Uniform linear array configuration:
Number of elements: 32
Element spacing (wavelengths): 1
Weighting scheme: kaiser
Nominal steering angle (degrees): -30
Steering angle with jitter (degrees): -29.417
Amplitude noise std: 0.05
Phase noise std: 0.05

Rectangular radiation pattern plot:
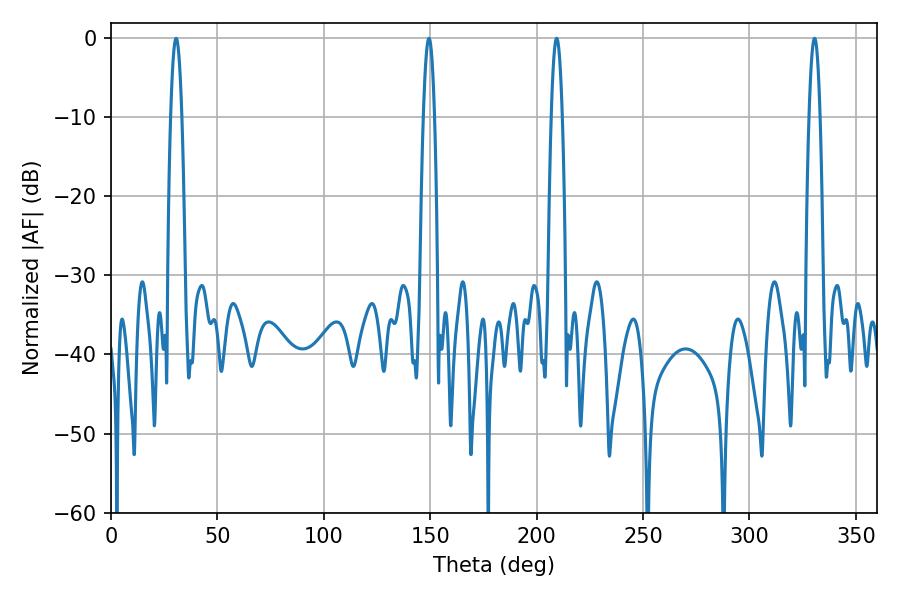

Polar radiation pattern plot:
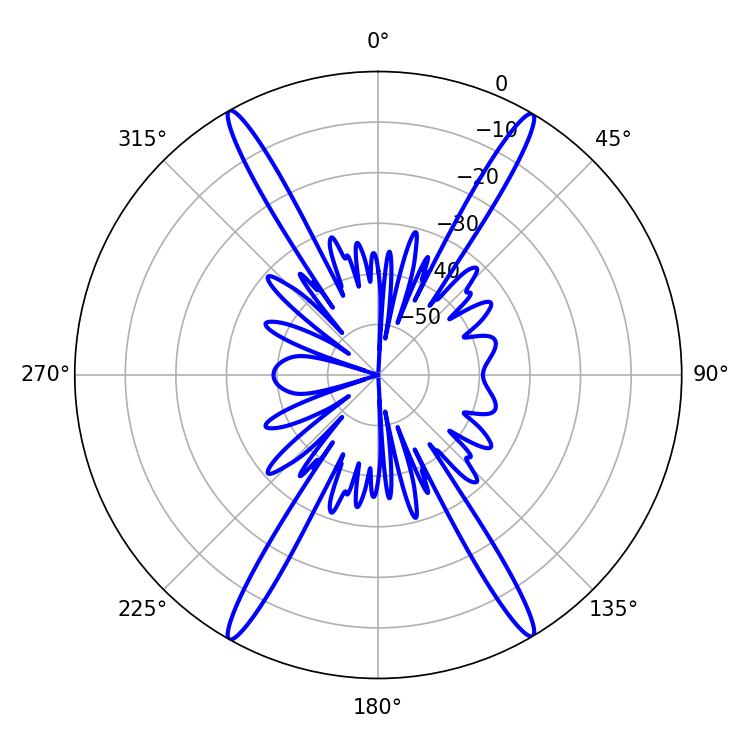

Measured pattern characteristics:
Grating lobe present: TRUE
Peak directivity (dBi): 28.603
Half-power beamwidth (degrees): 2.88
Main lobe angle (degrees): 30.6